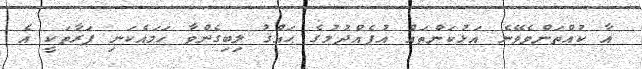
އާ ކުއްތަންވެވޭނެ އަޅުކަންތައް އުފެއްދުމުގެ ޙައްޤު ލިބިގެންވާ ހަމައެކަނި ފަރާތަކީ އެ